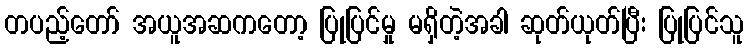
တပည့်တော် အယူအဆကတော့ ပြုပြင်မှု မရှိတဲ့အခါ ဆုတ်ယုတ်ပြီး ပြုပြင်သူ